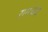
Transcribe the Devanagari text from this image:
रामचंद